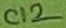
Text: C12